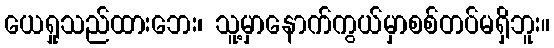
ယေရှုသည်ထားဘေး၊ သူ့မှာနောက်ကွယ်မှာစစ်တပ်မရှိဘူး။